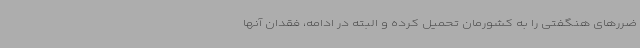
ضررهای هنگفتی را به کشورمان تحمیل کرده و البته در ادامه، فقدان آنها